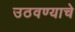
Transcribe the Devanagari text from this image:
उठवण्याचे